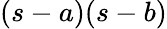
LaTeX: (s-a)(s-b)